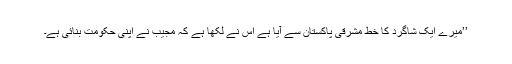
’’میرے ایک شاگرد کا خط مشرقی پاکستان سے آیا ہے اس نے لکھا ہے کہ مجیب نے اپنی حکومت بنائی ہے۔